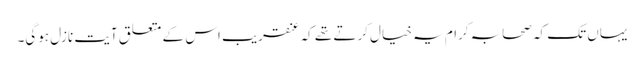
یہاں تک کہ صحابہ کرام یہ خیال کرتے تھے کہ عنقریب اس کے متعلق آیت نازل ہوگی۔